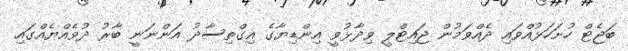
ބަޖެޓް ހުށަހަޅުއްވައި ދެއްވަމުން ޖައިޓްލީ ވިދާޅުވީ އިންޑިޔާގެ އިގްތިސާދު އަންނަނީ ބާރު ދުވެއްޔެއްގައި